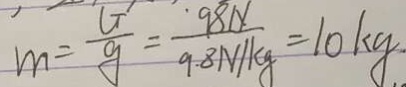
m = \frac { G } { 9 } = \frac { 9 8 N } { 9 . 8 N / k g } = 1 0 k g